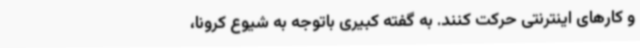
و کارهای اینترنتی حرکت کنند. به گفته کبیری باتوجه به شیوع کرونا،